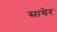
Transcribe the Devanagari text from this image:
सायेर